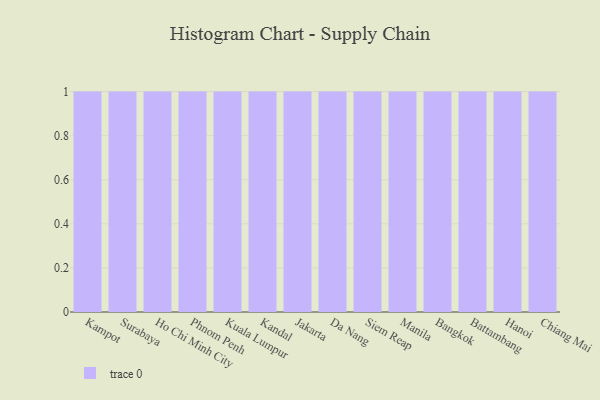
{"axis": {"x": "City", "y": "Headcount"}, "legend": [""], "data": [{"x": "Kampot", "y": 12, "type": ""}, {"x": "Surabaya", "y": 52, "type": ""}, {"x": "Ho Chi Minh City", "y": 24, "type": ""}, {"x": "Phnom Penh", "y": 24, "type": ""}, {"x": "Kuala Lumpur", "y": 37, "type": ""}, {"x": "Kandal", "y": 35, "type": ""}, {"x": "Jakarta", "y": 40, "type": ""}, {"x": "Da Nang", "y": 59, "type": ""}, {"x": "Siem Reap", "y": 48, "type": ""}, {"x": "Manila", "y": 71, "type": ""}, {"x": "Bangkok", "y": 20, "type": ""}, {"x": "Battambang", "y": 13, "type": ""}, {"x": "Hanoi", "y": 43, "type": ""}, {"x": "Chiang Mai", "y": 83, "type": ""}]}